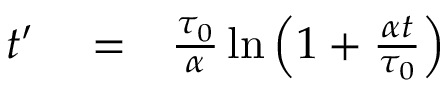
\begin{array} { r l r } { t ^ { \prime } } & { { } = } & { \frac { \tau _ { 0 } } { \alpha } \ln { \left( 1 + \frac { \alpha t } { \tau _ { 0 } } \right) } } \end{array}